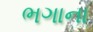
ભગાના